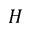
H